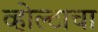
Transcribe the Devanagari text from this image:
व्होल्टाचा